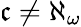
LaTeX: {\mathfrak{c}}\neq\aleph_{\omega}